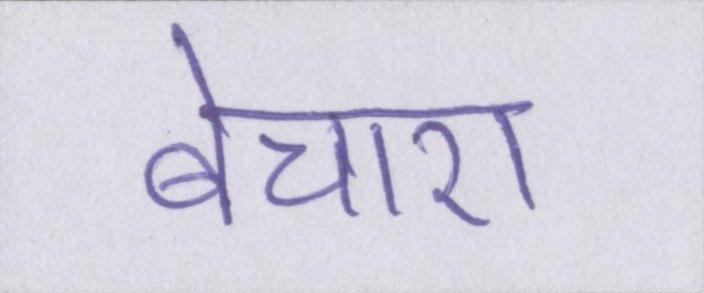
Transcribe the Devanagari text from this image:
बेचारा